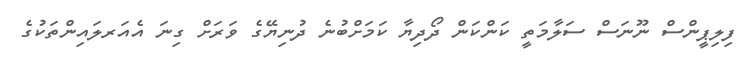
ފިލިޕީންސް ނޫނަސް ސަލާމަތީ ކަންކަން ދޯދިޔާ ކަމަށްބުނެ ދުނިޔޭގެ ވަރަށް ގިނަ އެއަރލައިންތަކުގެ